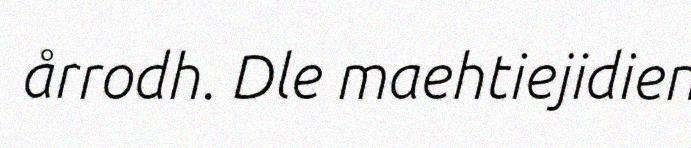
årrodh. Dle maehtiejidien